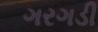
ગરગડી